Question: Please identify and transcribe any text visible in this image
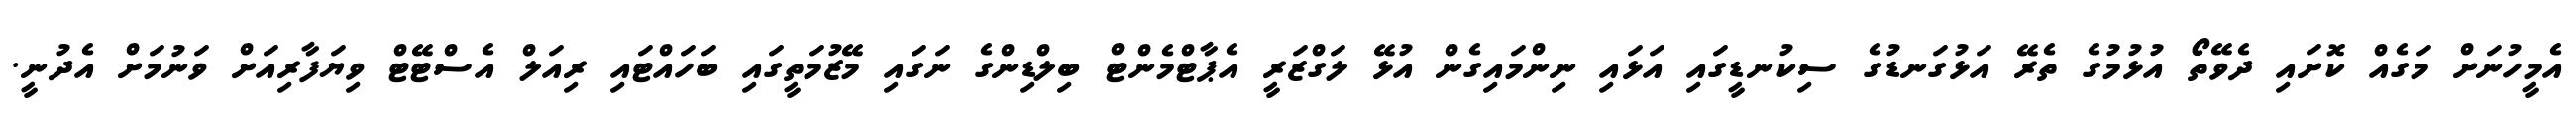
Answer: އެމީހުނަށް މަގެއް ކޮށައި ދެވޭތޯ އުޅުމުގެ ތެރޭ އަޅުގަނޑުގެ ސިކުނޑީގައި އަޅައި ނިންމައިގެން އުޅޭ ލަގްޒަރީ އެޕާޓްމެންޓް ބިލްޑިންގެ ނަގައި މޭޒުމަތީގައި ބަހައްޓައި ރިއަލް އެސްޓޭޓް ވިޔަފާރިއަށް ވަނުމަށް އެދުނީ.